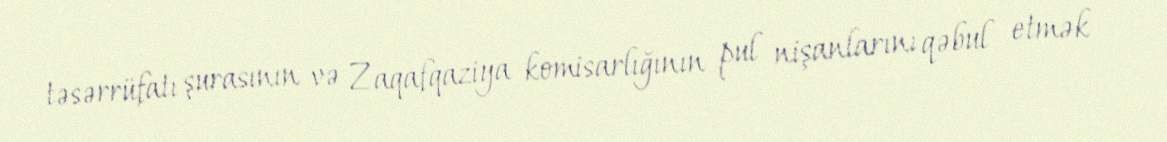
təsərrüfatı şurasının və Zaqafqaziya komisarlığının pul nişanlarını qəbul etmək